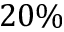
2 0 \%